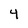
Character: 4